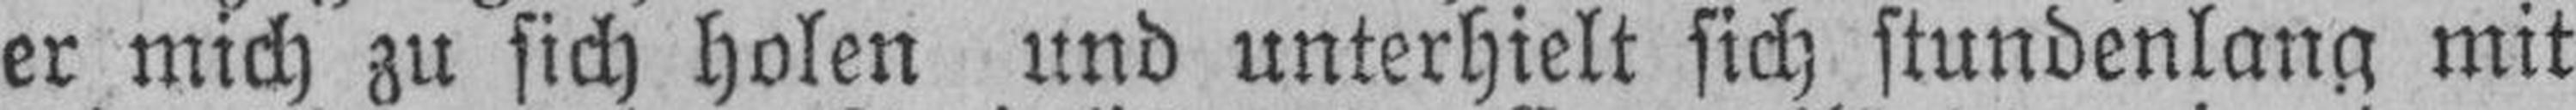
er mich zu sich holen und unterhielt sich stundenlang mit